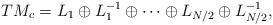
LaTeX: \begin{gather*}TM_c= L_1\oplus L_1^{-1}\oplus\cdots\oplus L_{N/2}\oplus L_{N/2}^{-1},\end{gather*}